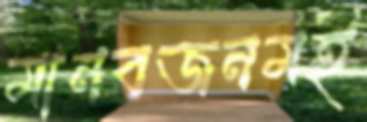
মানবজনমই